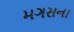
મગસના